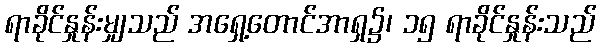
ရာခိုင်နှုန်းမျှသည် အရှေ့တောင်အာရှ၌၊ ၁၅ ရာခိုင်နှုန်းသည်